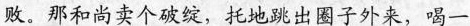
败。那和尚卖个破绽，托地跳出圈子外来，喝一